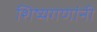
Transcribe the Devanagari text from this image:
शिष्यगणांनी